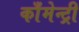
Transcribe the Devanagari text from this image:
काँमेन्ट्री